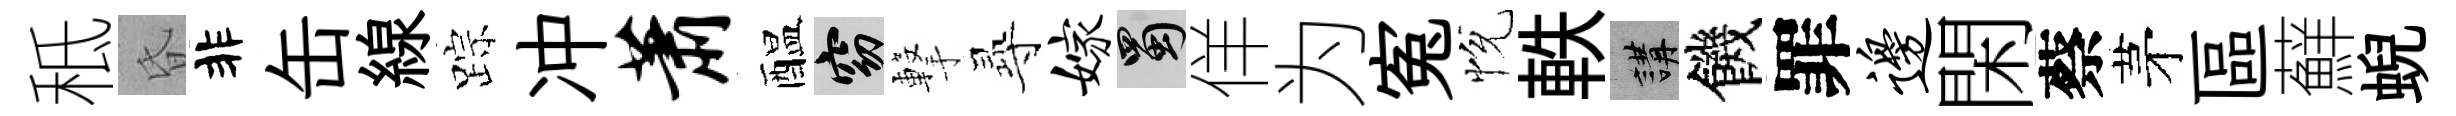
秪昏非缶線踪冲萧醖窈撃𡬶嫁蜀佯为寃恱軼講饑罪边閑蔡茅區蘚蜺